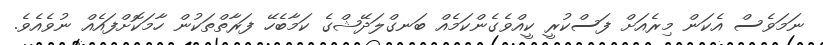
ނަމަވެސް އެކަން މިރެއަށް ފަސްކުރީ ކީއްވެގެންކަމެއް ބަނގްލަދޭޝްގެ ކަމާބެހޭ ފަރާތްތަކުން ހާމަކޮށްފައެއް ނުވެއެވެ.